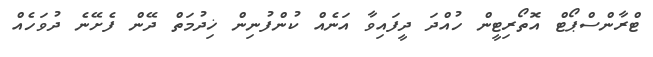
ޓްރާންސްޕޯޓް އޮތޯރިޓީން ހުއްދަ ދީފައިވާ އަނެއް ކުންފުނިން ޚިދުމަތް ދޭން ފެށޭނެ ދުވަހެއް